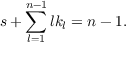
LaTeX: s + \sum _ { l = 1 } ^ { n - 1 } l k _ { l } = n - 1 .